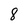
Character: 8